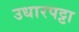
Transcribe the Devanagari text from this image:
उधारपट्टा